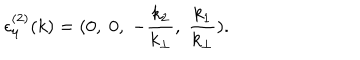
LaTeX: { \epsilon } _ { \mu } ^ { ( 2 ) } ( k ) = ( 0 , \; 0 , \; - \frac { k _ { 2 } } { k _ { \bot } } , \; \frac { k _ { 1 } } { k _ { \bot } } ) .